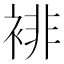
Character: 裶